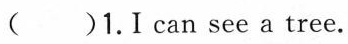
( )1.I can see a tree.